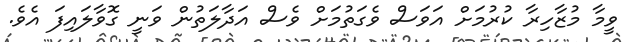
ވީމާ މުޒާހިރާ ކުރުމަށް އަވަސް ވެގަތުމަށް ވެސް އަދާލަތުން ވަނީ ގޮވާލައިފަ އެވެ.